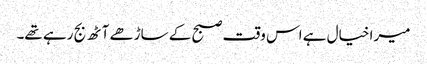
میرا خیال ہے اس وقت صبح کے ساڑھے آٹھ بج رہے تھے۔